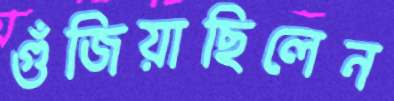
গুঁজিয়াছিলেন